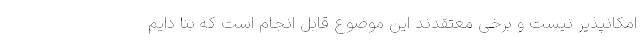
امکانپذیر نیست و برخی معتقدند این موضوع قابل انجام است که بنا دایم